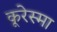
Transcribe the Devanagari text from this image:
कूरेस्मा